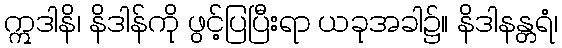
ဣဒါနိ၊ နိဒါန်ကို ဖွင့်ပြပြီးရာ ယခုအခါ၌။ နိဒါနန္တရံ၊